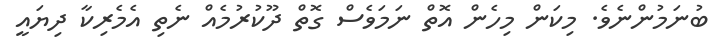
ބުނަމުންނެވެ. މިކަން މިހެން އޮތް ނަމަވެސް ގޮތް ދޫކުރުމެއް ނެތި އެމެރިކާ ދިޔައީ